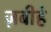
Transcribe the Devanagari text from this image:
ज़बीहे